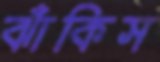
ঝাঁকিস